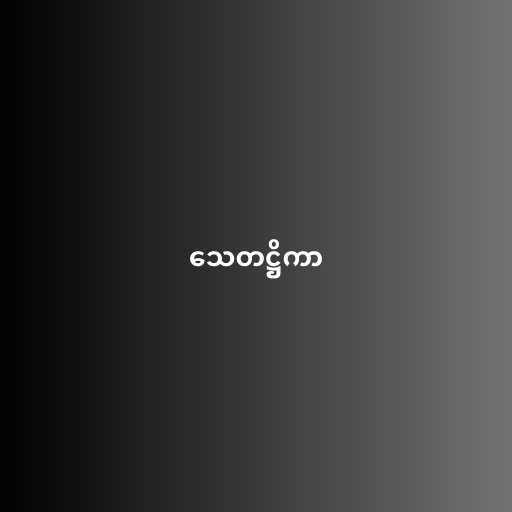
သေတဋ္ဌိကာ